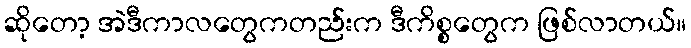
ဆိုတော့ အဲဒီကာလတွေကတည်းက ဒီကိစ္စတွေက ဖြစ်လာတယ်။